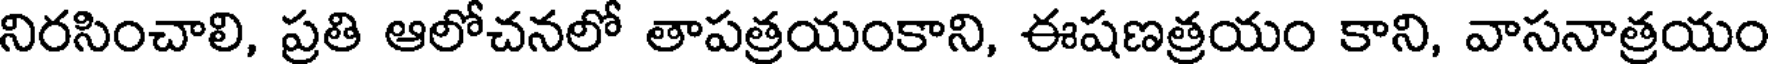
నిరసించాలి, ప్రతి ఆలోచనలో తాపత్రయంకాని, ఈషణత్రయం కాని, వాసనాత్రయం